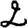
Digit: 2